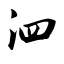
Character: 泗